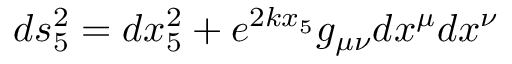
d s _ { 5 } ^ { 2 } = d x _ { 5 } ^ { 2 } + e ^ { 2 k x _ { 5 } } g _ { \mu \nu } d x ^ { \mu } d x ^ { \nu }